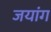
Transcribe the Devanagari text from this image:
जयांग